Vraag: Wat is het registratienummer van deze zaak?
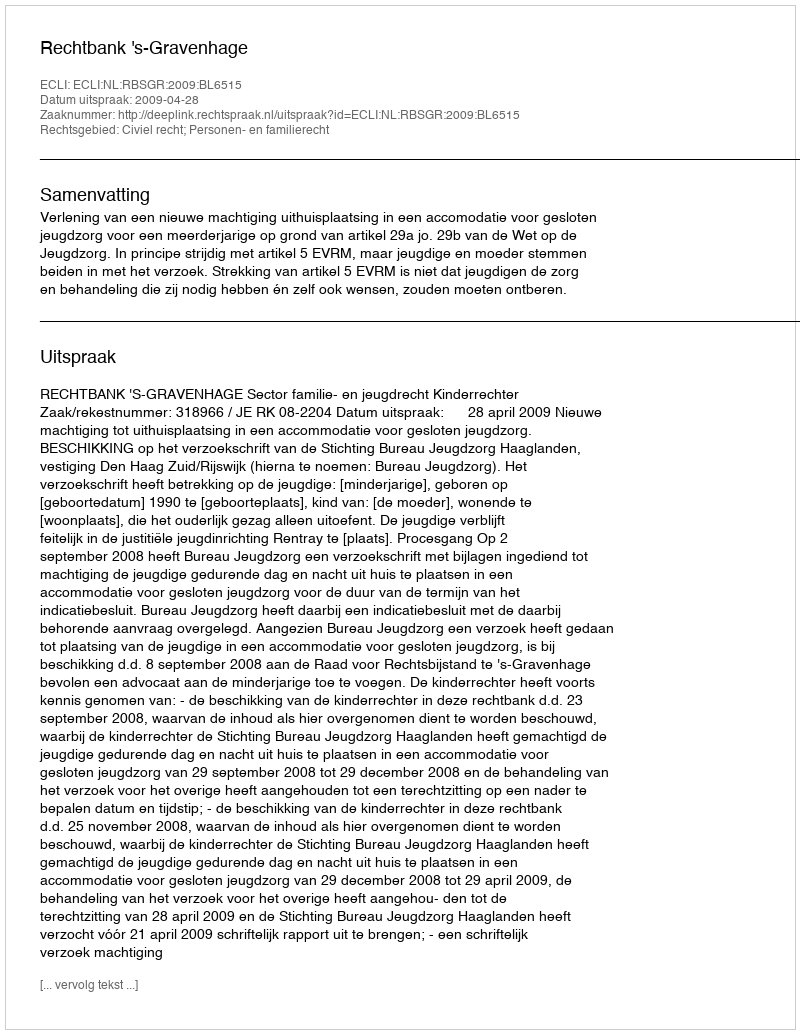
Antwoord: http://deeplink.rechtspraak.nl/uitspraak?id=ECLI:NL:RBSGR:2009:BL6515